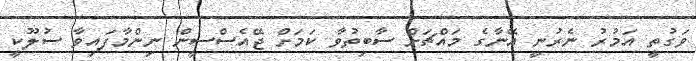
ވަގުތީ އަމުރު ނެރުނީ އޭނާގެ މައްޗަށް ސާބިތުވާ ކަމަށް ޖޭއެސްސީން ނިންމާފައިވާ ސުލޫކީ